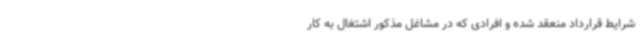
شرایط قرارداد منعقد شده و افرادی که در مشاغل مذکور اشتغال به کار